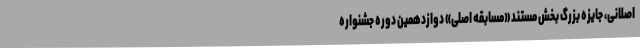
اصلانی، جایزه بزرگ بخش مستند «مسابقه اصلی» دوازدهمين دوره جشنواره